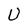
Character: U